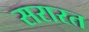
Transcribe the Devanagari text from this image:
सरारत